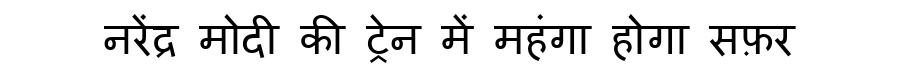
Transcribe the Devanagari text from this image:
नरेंद्र मोदी की ट्रेन में महंगा होगा सफ़र